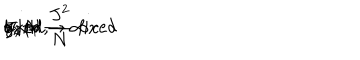
LaTeX: g _ { Y M } \hspace { 0 . 3 c m } \mathrm { f i x e d , } \hspace { 0 . 3 c m } J , N \rightarrow \infty \hspace { 0 . 3 c m } \mathrm { w i t h } \hspace { 0 . 3 c m } g _ { 2 } = \frac { J ^ { 2 } } { N } \mathrm { ~ f i x e d }